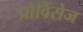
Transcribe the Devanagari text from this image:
प्रोविंसेज